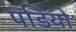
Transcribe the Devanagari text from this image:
पडियो